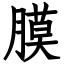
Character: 膜